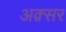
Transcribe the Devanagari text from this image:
अक़्सर